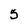
Character: 5